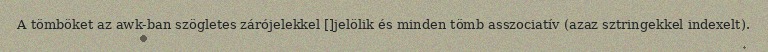
A tömböket az awk-ban szögletes zárójelekkel []jelölik és minden tömb asszociatív (azaz sztringekkel indexelt).